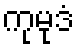
ကုမုဒံ